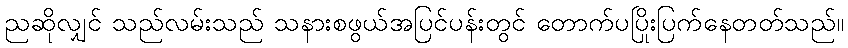
ညဆိုလျှင် သည်လမ်းသည် သနားစဖွယ်အပြင်ပန်းတွင် တောက်ပပြိုးပြက်နေတတ်သည်။